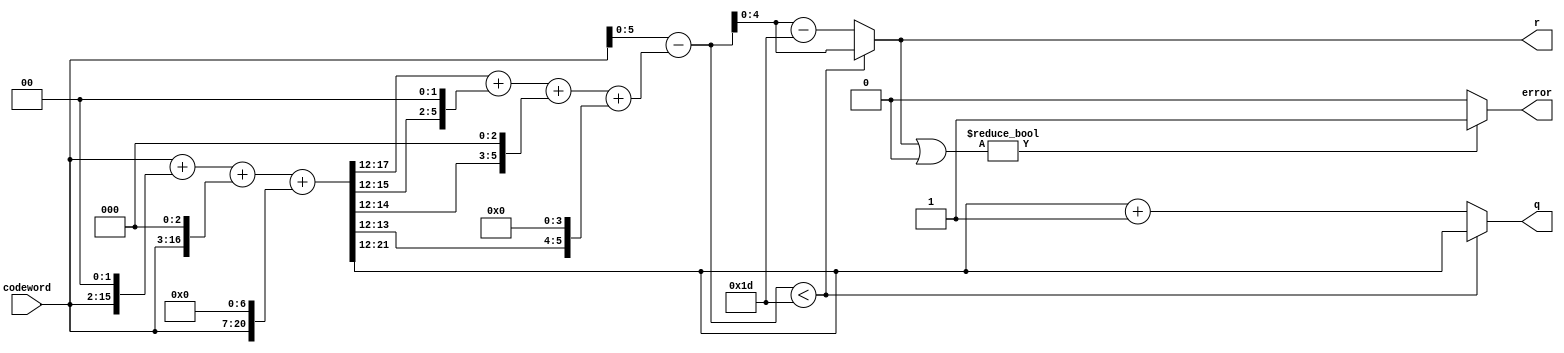
`timescale 1ns / 1ps
module barrett_n29(input [13:0] codeword,output [9:0]q,output [4:0]r,output error);
    wire[24:0]q_temp;
    wire[5:0]r_temp;
	assign q_temp=( (codeword<<<0) +(codeword<<<2) +(codeword<<<3) +(codeword<<<7) ) >>>12;
    assign r_temp=codeword-( (q_temp<<<0) +(q_temp<<<2) +(q_temp<<<3) +(q_temp<<<4) );
    assign q=r_temp<5'd29 ? q_temp:q_temp+1'b1;
    assign r=r_temp<5'd29 ? r_temp:r_temp-5'd29;
    assign error = r|5'b0 ? 1'b1:1'b0;
   // assign receive = codeword;
endmodule